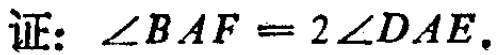
证：$\angle BAF = 2\angle DAE$.